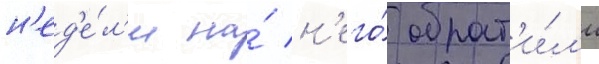
н'ед'е́л'и на́ н'его́ обрат'и́л'и